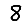
Digit: 8